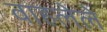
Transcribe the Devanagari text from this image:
वाहलेले